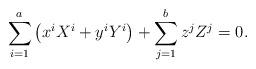
LaTeX: \begin{align*} \sum_{i=1}^{a}\left(x^{i}X^{i}+y^{i}Y^{i}\right)+\sum_{j=1}^{b}z^{j}Z^{j}=0.\end{align*}